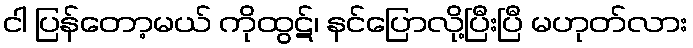
ငါ ပြန်တော့မယ် ကိုထွဋ်၊ နင်ပြောလို့ပြီးပြီ မဟုတ်လား